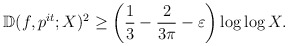
\begin{align*}\mathbb{D}(f, p^{it}; X)^2 &\geq \left(\frac{1}{3}-\frac{2}{3\pi}-\varepsilon\right) \log \log X.\end{align*}